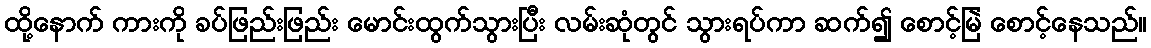
ထို့နောက် ကားကို ခပ်ဖြည်းဖြည်း မောင်းထွက်သွားပြီး လမ်းဆုံတွင် သွားရပ်ကာ ဆက်၍ စောင့်မြဲ စောင့်နေသည်။